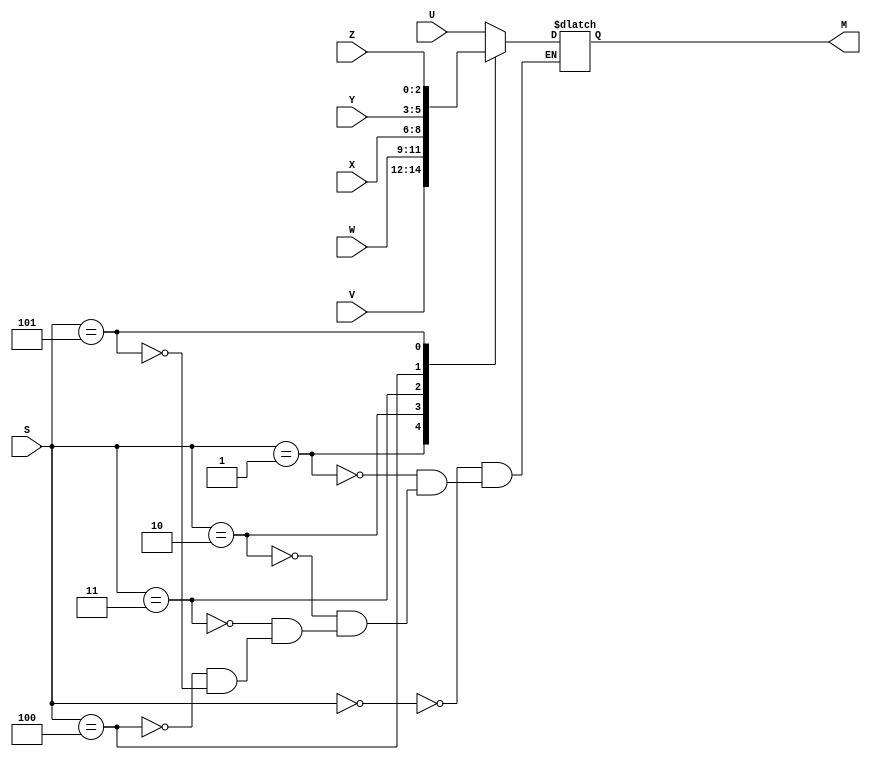
// implements a 2-bit wide 4-to-1 multiplexer
module mux_3bit_8to1 (S, U, V, W, X, Y, Z, M);
input [2:0] S, U, V, W, X, Y, Z;
output reg [2:0] M;

always@(U or V or W or X or Y or Z or S)
begin
	case(S)
		3'b000: M <= U;
		3'b001: M <= V;
		3'b010: M <= W;
		3'b011: M <= X;
		3'b100: M <= Y;
		3'b101: M <= Z;
	endcase
end

endmodule